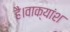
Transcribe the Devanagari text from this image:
है।वाक्यांश